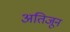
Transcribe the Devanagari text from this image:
अतिजून